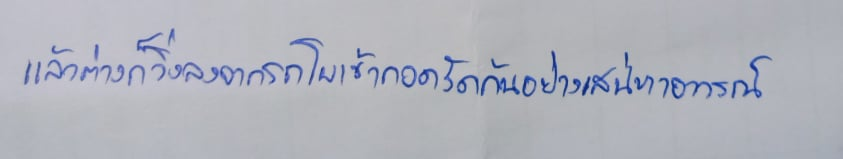
แล้วต่างก็วิ่งลงจากรถโผเข้ากอดรัดกันอย่างเสน่หาอาวรณ์